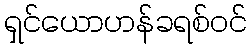
ရှင်ယောဟန်ခရစ်ဝင်